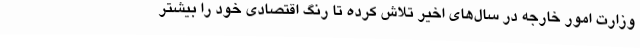
وزارت امور خارجه در سال‌های اخیر تلاش کرده تا رنگ اقتصادی خود را بیشتر